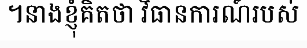
។នាងខ្ញុំគិតថា វិធានការណ៍របស់